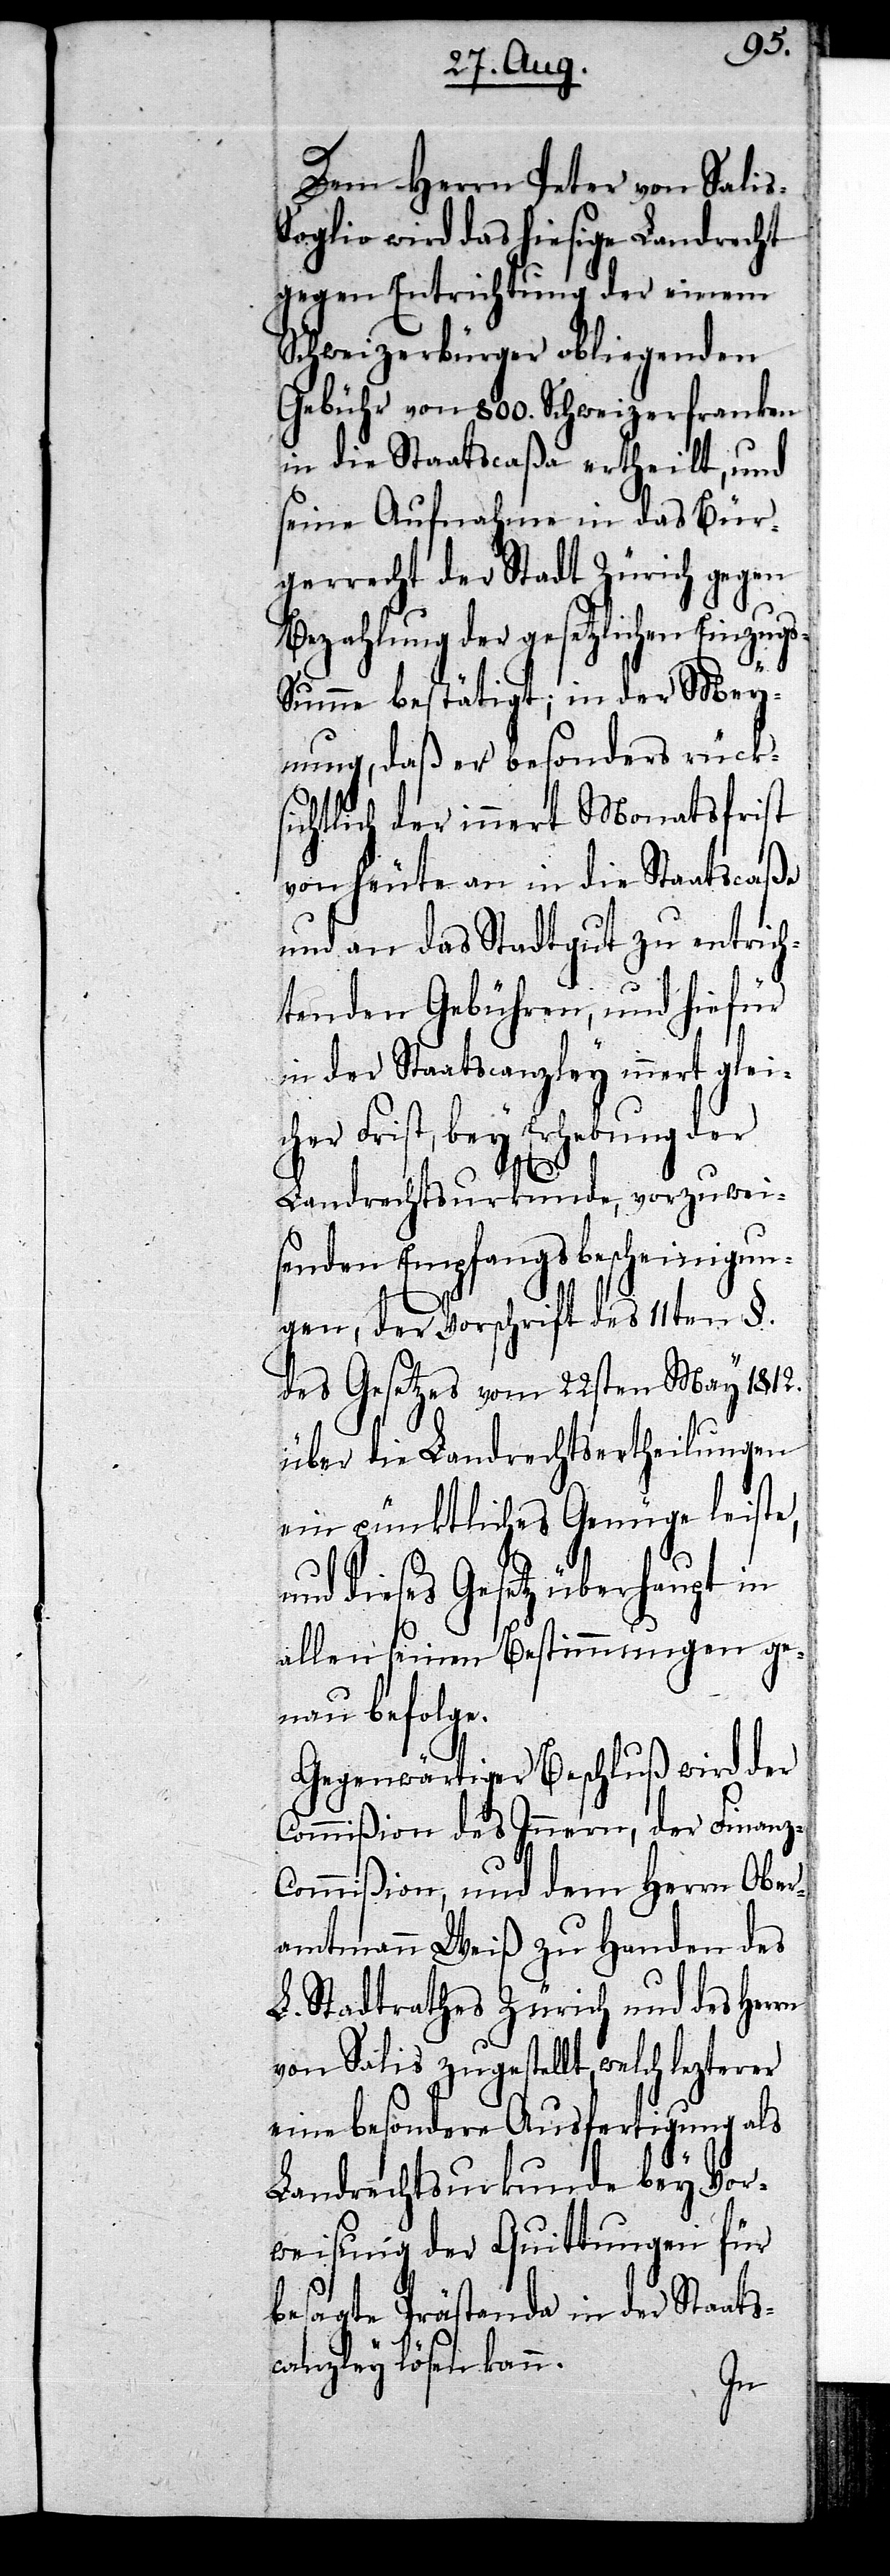
Dem Herrn Peter von Sali¬
oglio wird das hiesige Landrecht
gegen Entrichtung der einem
Schweizerbürger obliegenden
Gebühr von 800. Schweizerfranken
in die Staatscaßa ertheilt, und
seine Aufnahme in das Bür¬
gerrecht der Stadt Zürich gegen
Bezahlung der gesetzlichen Einzug¬
s-Summe bestätigt; in der Mey¬
nung, daß er besonders rück¬
sichtlich der innert Monatsfrist
von heute an in die Staatscaßa
und an das Stadtgut zu entrich¬
tenden Gebühren, und hiefür
in der Staatscanzley innert gleic¬
her Frist, bey Erhebung der
Landrechtsurkunde, vorzuwei¬
senden Empfangsbescheinigun¬
gen, der Vorschrift des 11ten §.
des Gesetzes vom 22sten May 1812.
über die Landrechtsertheilungen
ein pünktliches Genüge leiste,
dieses Gesetz überhaupt in
allen seinen Bestimmungen ge¬
nau befolge.
Gegenwärtiger Beschluß wird der
Commißion des Innern, der Finan¬
ommißion, und dem Herrn Ober¬
amtmann Weiß zu Handen des
L. Stadtrathes Zürich und des Herrn
von Salis zugestellt, welch lezterer
eine besondere Ausfertigung als
Landrechtsurkunde bey Vor¬
weisung der Quittungen für
besagte Prästanda in der Staats¬
canzley lösen kann.
z-C¬